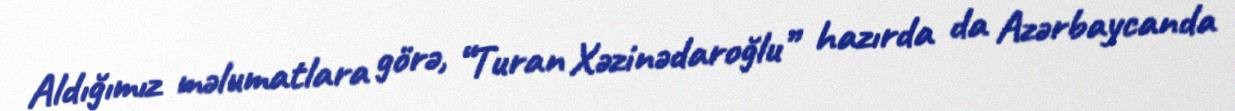
Aldığımız məlumatlara görə, “Turan Xəzinədaroğlu” hazırda da Azərbaycanda